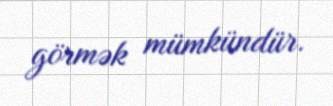
görmək mümkündür.